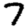
Digit: 7